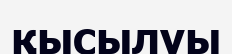
қысылуы